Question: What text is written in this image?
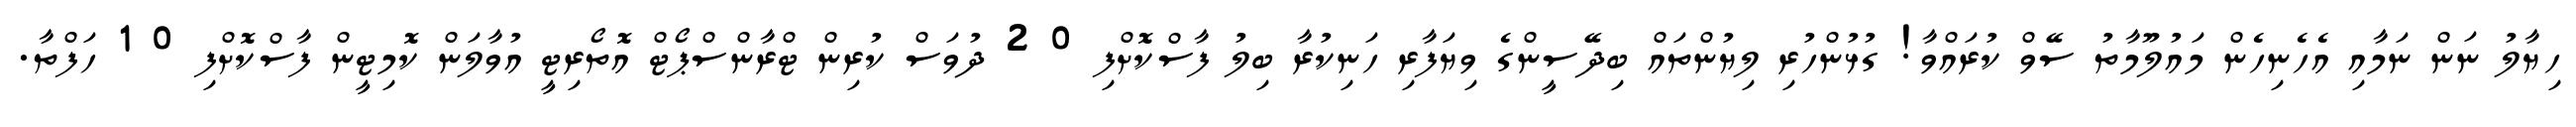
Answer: ހިޔާލު ނަން ނަމާއި އެހެނިހެން މައުލޫމާތު ސޭވް ކުރައްވާ! ގުޅުންހުރި ލިޔުންތައް ބިދޭސީންގެ ވިޔަފާރި ހަނިކުރާ ބިލު ފާސްކޮށްފި 0 2 ދުވަސް ކުރިން ޓްރާންސްޕޯޓް އޮތޯރިޓީ އުވާލަން ކޮމިޓީން ފާސްކޮށްފި 0 1 ހަފްތާ.